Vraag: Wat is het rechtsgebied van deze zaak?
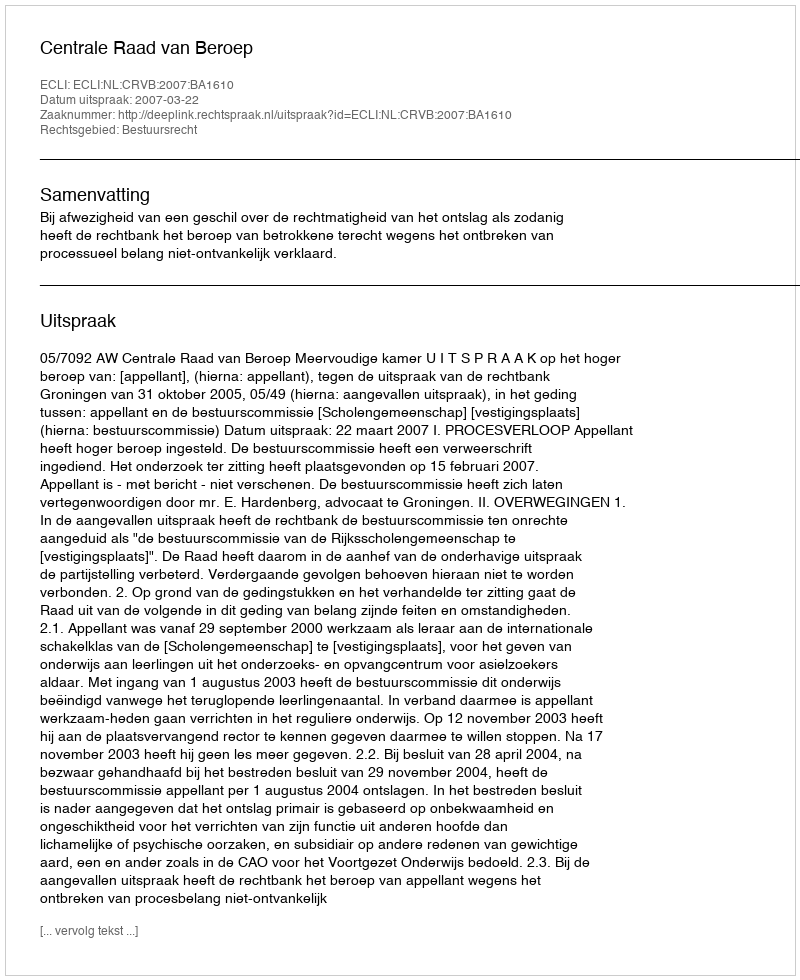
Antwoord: Bestuursrecht